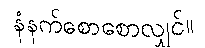
နံနက်စောစောလျှင်။